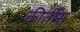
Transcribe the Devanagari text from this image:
कीर्तीस